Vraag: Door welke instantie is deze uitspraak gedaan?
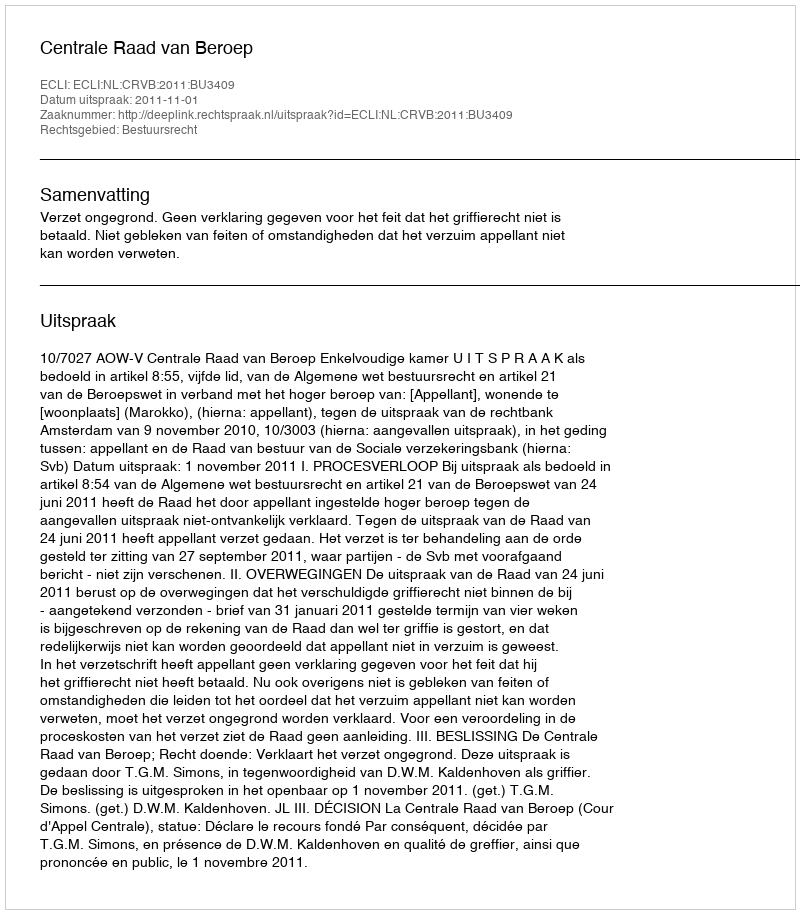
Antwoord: Centrale Raad van Beroep